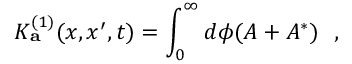
K _ { \bf a } ^ { ( 1 ) } ( x , x ^ { \prime } , t ) = \int _ { 0 } ^ { \infty } d \phi ( A + A ^ { * } ) ~ ~ ,